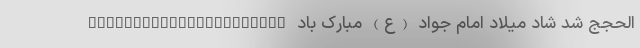
الحجج شد شاد میلاد امام جواد (ع) مبارک باد ______________________